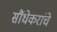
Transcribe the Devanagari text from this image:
सौंधेकरांचे